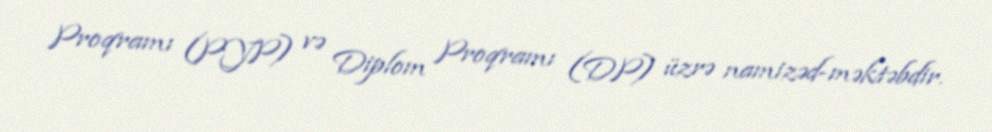
Proqramı (PYP) və Diplom Proqramı (DP) üzrə namizəd-məktəbdir.